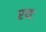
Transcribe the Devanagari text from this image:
रथः